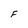
Character: F